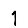
Digit: 1